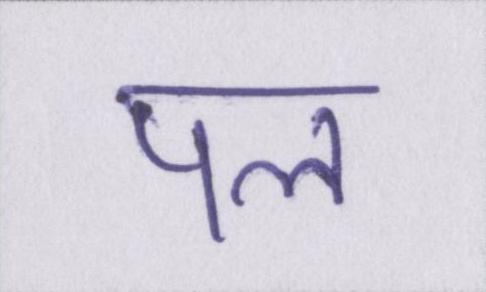
पल